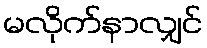
မလိုက်နာလျှင်